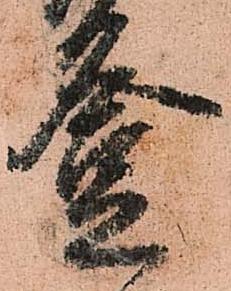
登